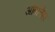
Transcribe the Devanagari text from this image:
ऑर्बानेहा